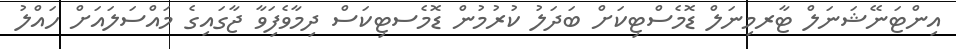
އިންޓަނޭޝަނަލް ޓާރމިނަލް ޑޮމެސްޓިކަށް ބަދަލު ކުރުމުން ޑޮމެސޓިކަސް ދިމާވެފަިވާ ޖާގަައިގެ މައްސަލައަށް ހައްލު